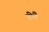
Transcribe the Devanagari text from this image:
हींयै